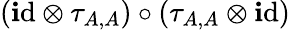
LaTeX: ({\operatorname{\mathbf{i}d}}\otimes\tau_{A,A})\circ(\tau_{A,A}\otimes{\operatorname{\mathbf{i}d}})